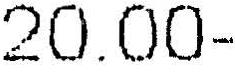
20.00-